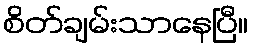
စိတ်ချမ်းသာနေပြီ။